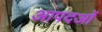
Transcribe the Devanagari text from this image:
आपदओं